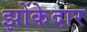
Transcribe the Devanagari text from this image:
झोंकेदार